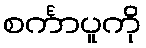
စင်္ကာပူကို